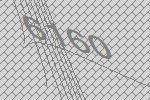
6160